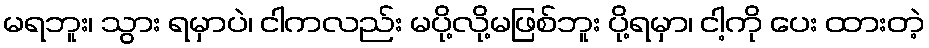
မရဘူး၊ သွား ရမှာပဲ၊ ငါကလည်း မပို့လို့မဖြစ်ဘူး ပို့ရမှာ၊ ငါ့ကို ပေး ထားတဲ့